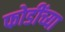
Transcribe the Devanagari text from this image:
फोडींच्या